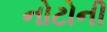
નોટોની